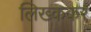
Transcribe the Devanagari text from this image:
लिख्ककर